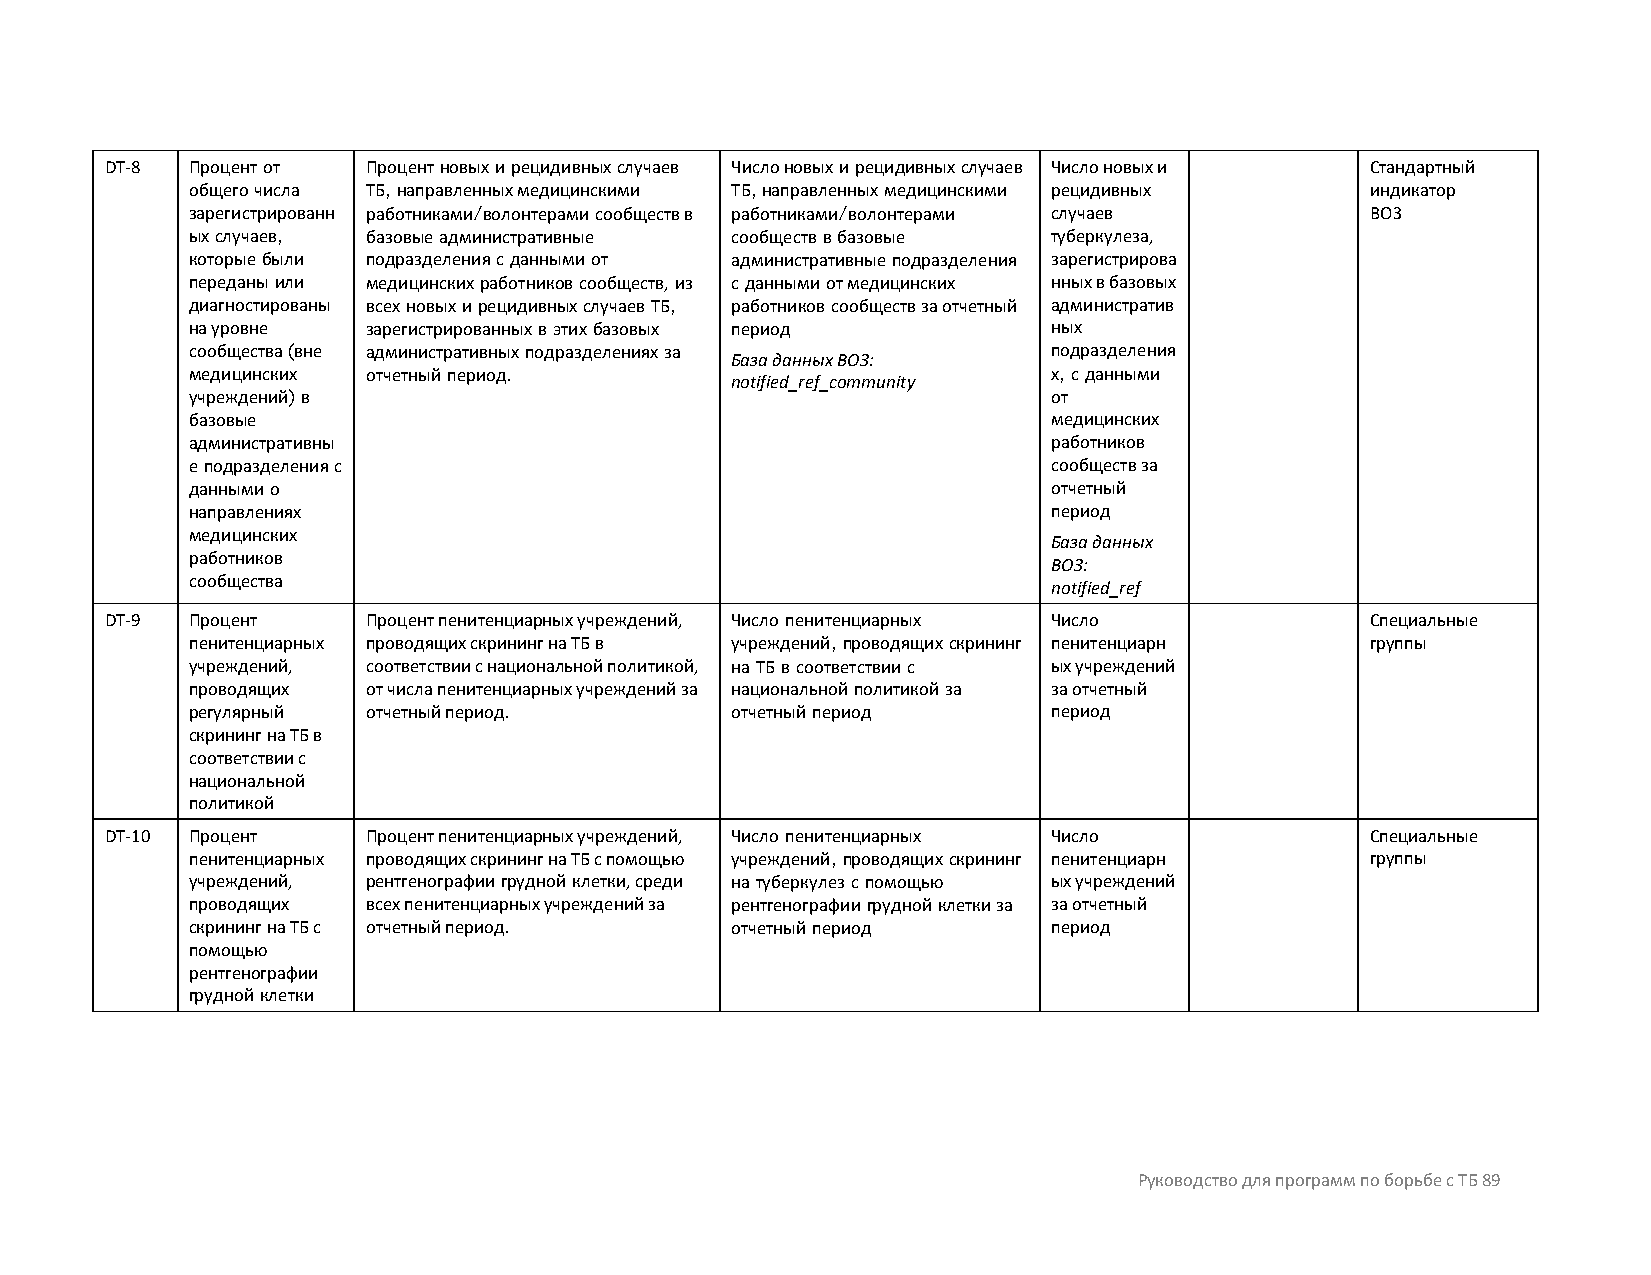
DT-8 Процент от  Процент новых и рецидивных случаев Число новых и рецидивных случаев Число новых и Стандартный
 общего числа ТБ, направленных медицинскими ТБ, направленных медицинскими рецидивных индикатор
 зарегистрированн работниками/волонтерами сообществ в работниками/волонтерами случаев ВОЗ
 ых случаев, базовые административные сообществ в базовые  туберкулеза,
 которые были подразделения с данными от административные подразделения зарегистрирова
 переданы или медицинских работников сообществ, из с данными от медицинских нных в базовых
 диагностированы всех новых и рецидивных случаев ТБ, работников сообществ за отчетный административ
 на уровне   зарегистрированных в этих базовых период      ных
 сообщества (вне административных подразделениях за        подразделения
 База данных ВОЗ:
 медицинских отчетный период.                              х, с данными
 notified_ref_community
 учреждений) в                                             от
 базовые                                                   медицинских
 административны                                           работников
 е подразделения с                                         сообществ за
 данными о                                                 отчетный
 направлениях                                              период
 медицинских
 База данных
 работников
 ВОЗ:
 сообщества
 notified_ref
 DT-9 Процент     Процент пенитенциарных учреждений, Число пенитенциарных Число      Специальные
 пенитенциарных проводящих скрининг на ТБ в учреждений, проводящих скрининг пенитенциарн группы
 учреждений, соответствии с национальной политикой, на ТБ в соответствии с ых учреждений
 проводящих  от числа пенитенциарных учреждений за национальной политикой за за отчетный
 регулярный  отчетный период.        отчетный период       период
 скрининг на ТБ в
 соответствии с
 национальной
 политикой
 DT-10 Процент    Процент пенитенциарных учреждений, Число пенитенциарных Число      Специальные
 пенитенциарных проводящих скрининг на ТБ с помощью учреждений, проводящих скрининг пенитенциарн группы
 учреждений, рентгенографии грудной клетки, среди на туберкулез с помощью ых учреждений
 проводящих  всех пенитенциарных учреждений за рентгенографии грудной клетки за за отчетный
 скрининг на ТБ с отчетный период.   отчетный период       период
 помощью
 рентгенографии
 грудной клетки
 Руководство для программ по борьбе с ТБ 89